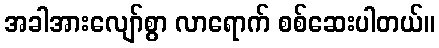
အခါအားလျော်စွာ လာရောက် စစ်ဆေးပါတယ်။